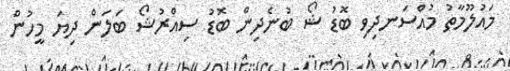
މައުލޫމާތު މުއްސަނދިވި ބޮޑު ޝޯ ބުނެދިން ބޮޑު ސިއްރުޝޯ ބަލަން ދިޔަ މީހުން